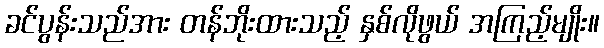
ခင်ပွန်းသည်အား တန်ဘိုးထားသည့် နှစ်လိုဖွယ် အကြည့်မျိုး။